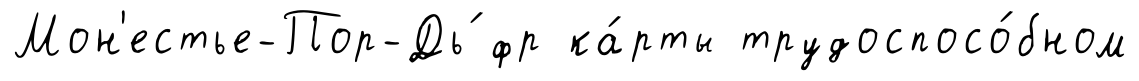
Мон'естье-Пор-Дь́ фр ка́рты трудоспосо́бном